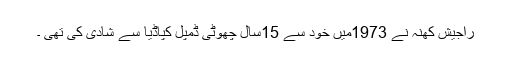
راجیش کھنہ نے 1973میں خود سے 15سال چھوٹی ڈمپل کپاڈیا سے شادی کی تھی ۔